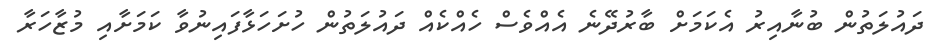
ދައުލަތުން ބުނާއިރު އެކަމަށް ބާރުދޭނެ އެއްވެސް ހެއްކެއް ދައުލަތުން ހުށަހަޅާފައިިނުވާ ކަމަށާއި މުޒާހަރާ